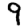
Digit: 9